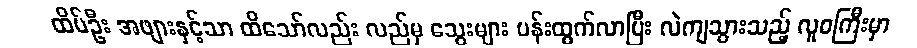
ထိပ်ဦး အဖျားနှင့်သာ ထိသော်လည်း လည်မှ သွေးများ ပန်းထွက်လာပြီး လဲကျသွားသည့် လူဝကြီးမှာ